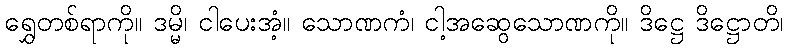
ရွှေတစ်ရာကို။ ဒမ္မိ၊ ငါပေးအံ့။ သောဏကံ၊ ငါ့အဆွေသောဏကို။ ဒိဋ္ဌေ ဒိဋ္ဌောတိ၊